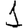
Digit: 1